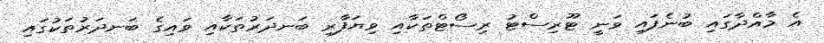
އެ މާއްދާގައި ބުނެފައި ވަނީ ޓޫރިސްޓު ރިސޯޓްތަކާއި ވިޔަފާރި ބަނދަރުތަކާއި ވައިގެ ބަނދަރުތަކުގައި